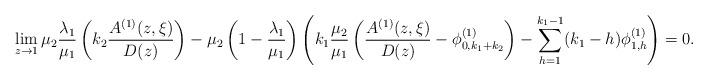
LaTeX: \begin{align*}&\lim_{z\rightarrow1}\mu_2\frac{\lambda_1}{\mu_1}\left(k_2\frac{A^{(1)}(z,\xi)}{D(z)}\right) - \mu_2\left(1-\frac{\lambda_1}{\mu_1}\right)\left(k_1\frac{\mu_2}{\mu_1}\left(\frac{A^{(1)}(z,\xi)}{D(z)}-\phi^{(1)}_{0,k_1+k_2}\right)-\sum_{h=1}^{k_1-1}(k_1-h)\phi^{(1)}_{1,h}\right)=0.\end{align*}